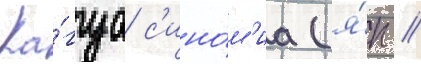
Ка́гуа с'ино́м'иа (я́п //